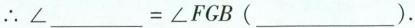
∴$$∠ ___ = ∠ F G B ( ___ )$$.